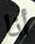
أنا